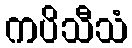
ကပိသီသံ